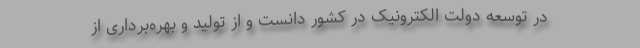
در توسعه دولت الکترونیک در کشور دانست و از تولید و بهره‌برداری از